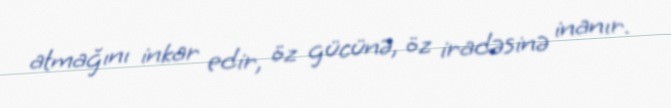
atmağını inkar edir, öz gücünə, öz iradəsinə inanır.